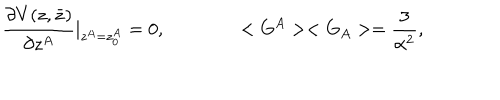
\frac { \partial V ( z , \bar { z } ) } { \partial z ^ { A } } \vert _ { z ^ { A } = z _ { 0 } ^ { A } } = 0 , \qquad \qquad < G ^ { A } > < G _ { A } > = \frac { 3 } { \alpha ^ { 2 } } ,